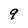
Character: 9